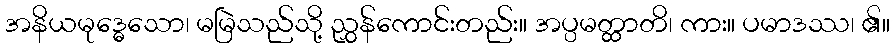
အနိယမုဒ္ဓေသော၊ မမြဲသည်သို့ ညွှန်ကောင်းတည်း။ အပ္ပမတ္ထာတိ၊ ကား။ ပမာဒဿ၊ ၏။